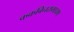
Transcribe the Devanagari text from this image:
ककबिनरामायण